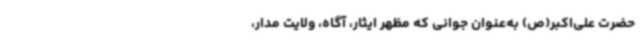
حضرت علی‌اکبر(ص) به‌عنوان جوانی که مظهر ایثار، آگاه، ولایت مدار،